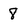
Character: 8